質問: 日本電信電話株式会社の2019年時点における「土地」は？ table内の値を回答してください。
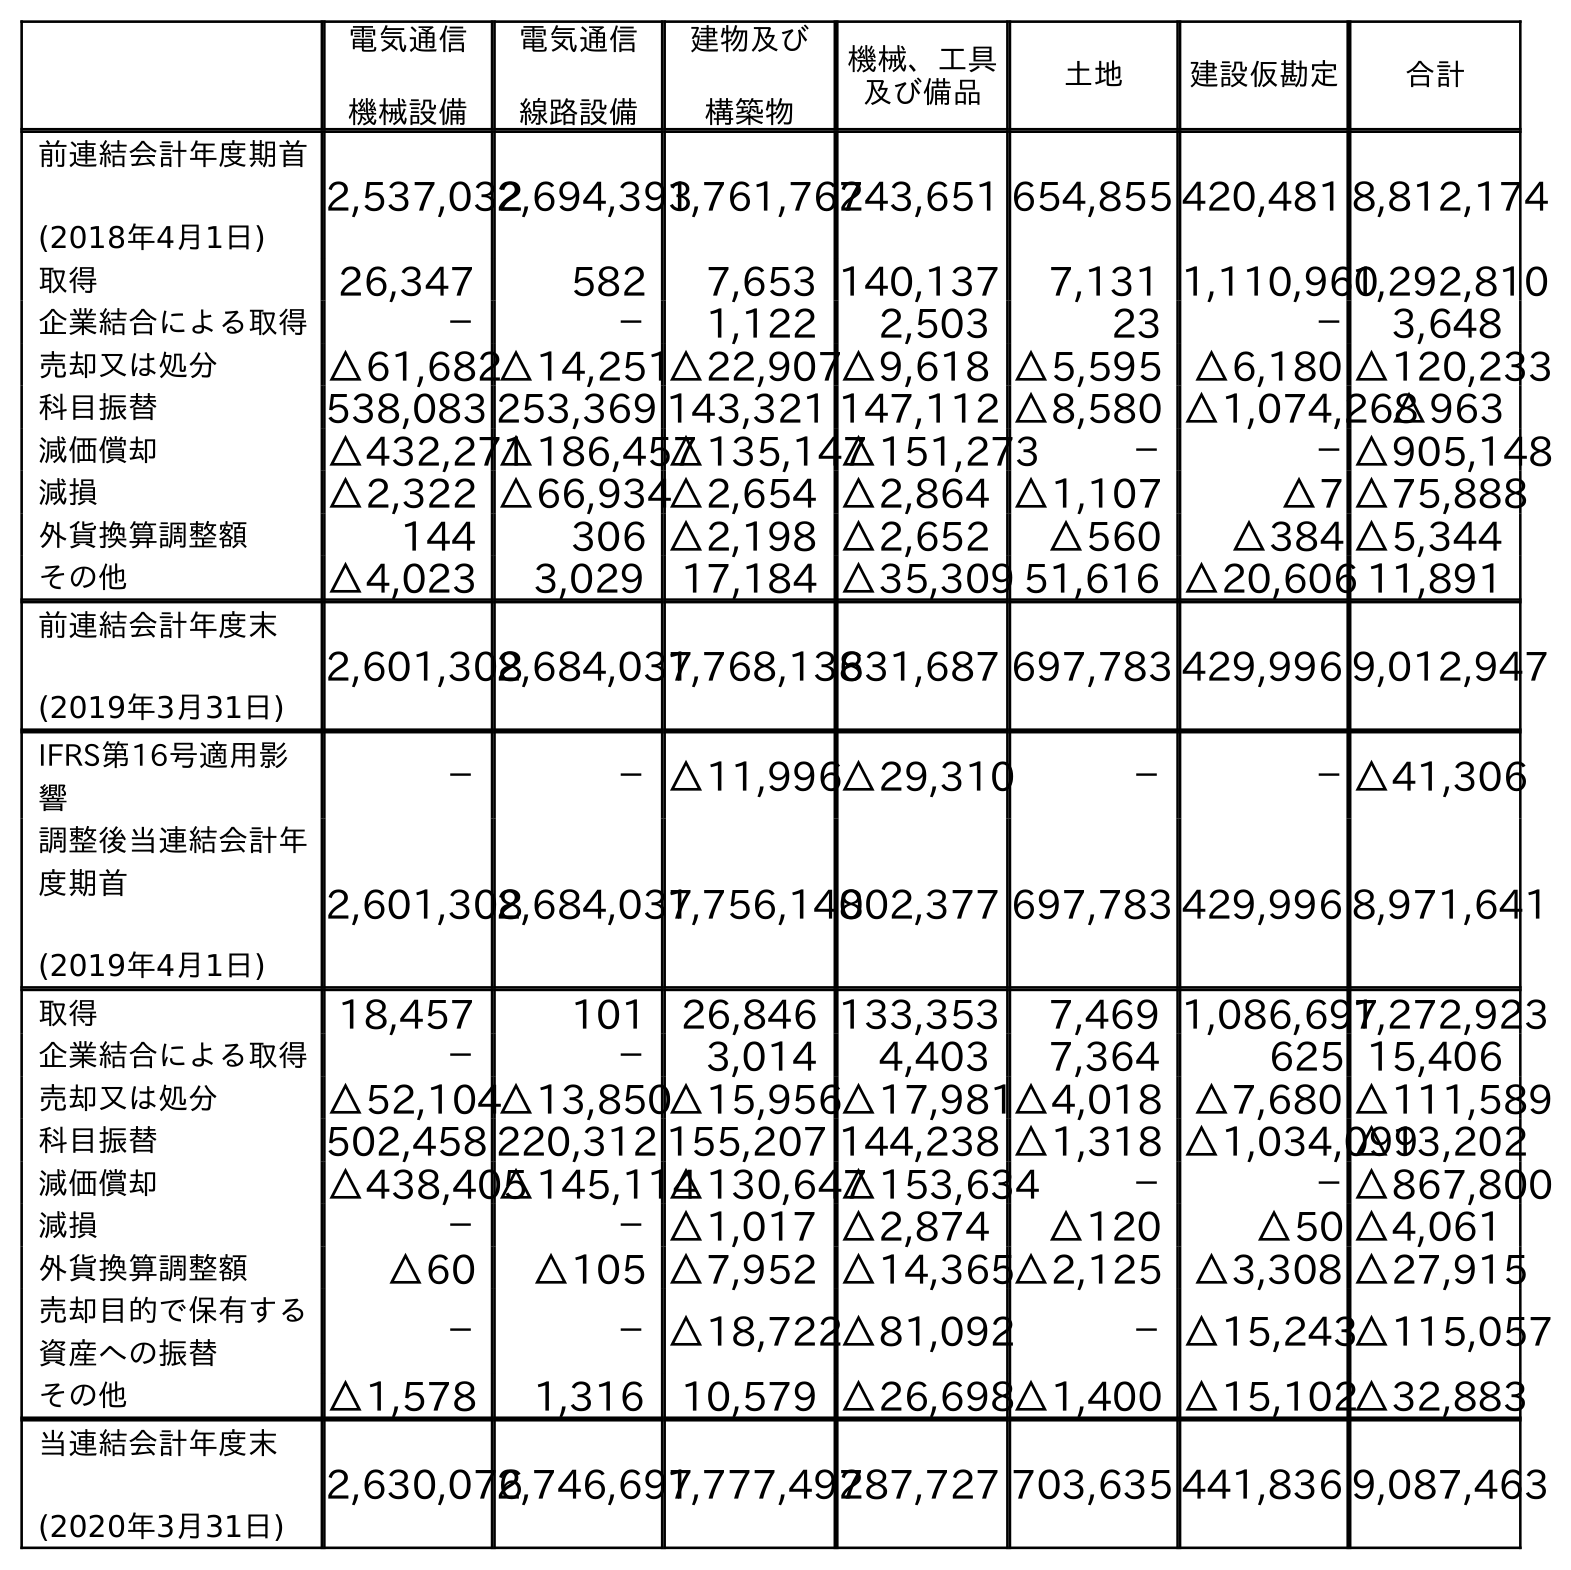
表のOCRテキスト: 電気通信 機械設備 電気通信 線路設備 建物及び 構築物 機械、工具 及び備品 土地 建設仮勘定 合計 前連結会計年度期首 (2018年4月1日) 2,537,0322,694,3931,761,762743,651 654,855 420,481 8,812,174 取得 26,347 582 7,653 140,137 7,131 1,110,9601,292,810 企業結合による取得 － － 1,122 2,503 23 － 3,648 売却又は処分 △61,682△14,251△22,907△9,618 △5,595 △6,180 △120,233 科目振替 538,083 253,369 143,321 147,112 △8,580 △1,074,268△963 減価償却 △432,271△186,457△135,147△151,273 － －△905,148 減損 △2,322 △66,934△2,654 △2,864 △1,107 △7 △75,888 外貨換算調整額 144 306 △2,198 △2,652 △560 △384 △5,344 その他 △4,023 3,029 17,184 △35,309 51,616 △20,606 11,891 前連結会計年度末 (2019年3月31日) 2,601,3082,684,0371,768,136831,687 697,783 429,996 9,012,947 IFRS第16号適用影 響 － －△11,996△29,310 － －△41,306 調整後当連結会計年 度期首 (2019年4月1日) 2,601,3082,684,0371,756,140802,377 697,783 429,996 8,971,641 取得 18,457 101 26,846 133,353 7,469 1,086,6971,272,923 企業結合による取得 － － 3,014 4,403 7,364 625 15,406 売却又は処分 △52,104△13,850△15,956△17,981△4,018 △7,680 △111,589 科目振替 502,458 220,312 155,207 144,238 △1,318 △1,034,099 △13,202 減価償却 △438,405△145,114△130,647△153,634 － －△867,800 減損 － －△1,017 △2,874 △120 △50 △4,061 外貨換算調整額 △60 △105 △7,952 △14,365△2,125 △3,308 △27,915 売却目的で保有する 資産への振替 － －△18,722△81,092 －△15,243△115,057 その他 △1,578 1,316 10,579 △26,698△1,400 △15,102△32,883 当連結会計年度末 (2020年3月31日) 2,630,0762,746,6971,777,492787,727 703,635 441,836 9,087,463
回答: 697,783